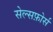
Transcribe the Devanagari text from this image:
सेल्सफ़ोर्स